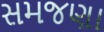
સમજણા